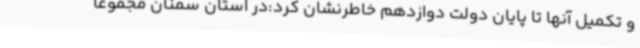
و تکمیل آنها تا پایان دولت دوازدهم خاطرنشان کرد:در استان سمنان مجموعا